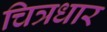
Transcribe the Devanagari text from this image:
चित्रधार